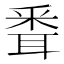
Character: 䎹